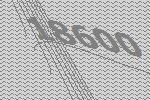
18600